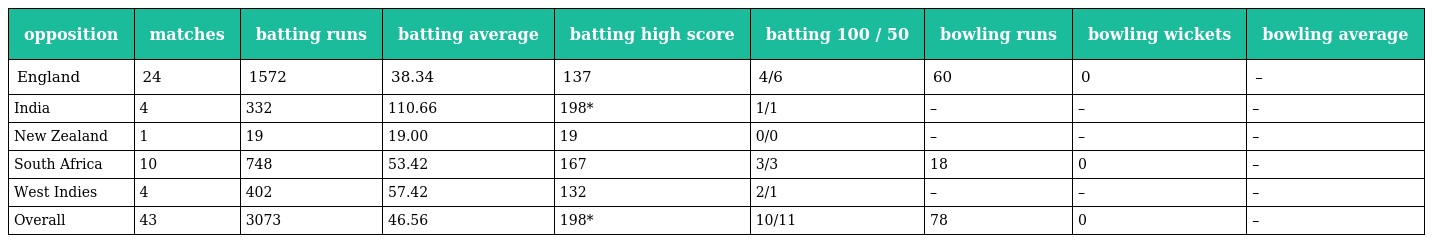
| opposition | matches | batting runs | batting average | batting high score | batting 100 / 50 | bowling runs | bowling wickets | bowling average |
 | --- | --- | --- | --- | --- | --- | --- | --- | --- |
 | England | 24 | 1572 | 38.34 | 137 | 4/6 | 60 | 0 | – |
 | India | 4 | 332 | 110.66 | 198* | 1/1 | – | – | – |
 | New Zealand | 1 | 19 | 19.00 | 19 | 0/0 | – | – | – |
 | South Africa | 10 | 748 | 53.42 | 167 | 3/3 | 18 | 0 | – |
 | West Indies | 4 | 402 | 57.42 | 132 | 2/1 | – | – | – |
 | Overall | 43 | 3073 | 46.56 | 198* | 10/11 | 78 | 0 | – |